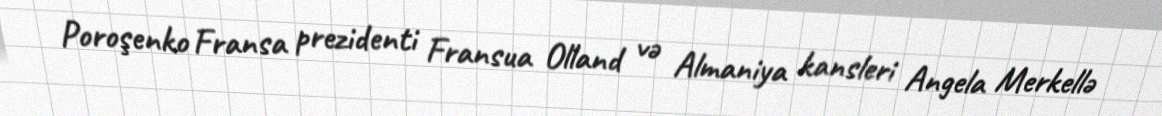
Poroşenko Fransa prezidenti Fransua Olland və Almaniya kansleri Angela Merkellə